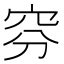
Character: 𥥄